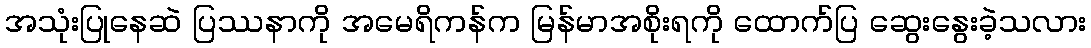
အသုံးပြုနေဆဲ ပြဿနာကို အမေရိကန်က မြန်မာအစိုးရကို ထောက်ပြ ဆွေးနွေးခဲ့သလား